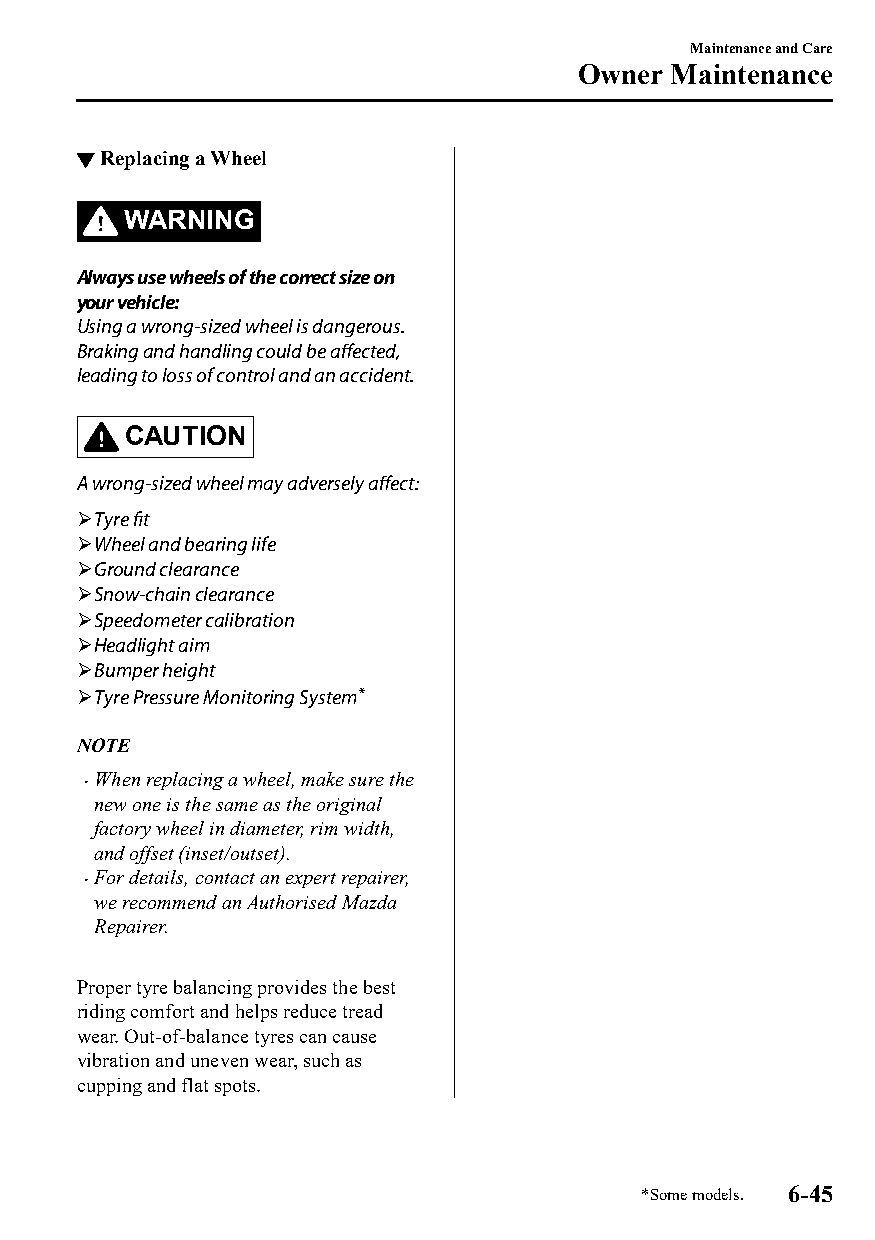
Maintenance and Care
 Owner Maintenance
 ▼Replacing a Wheel
 WARNING
 Always use wheels of the correct size on
 your vehicle:
 Using a wrong-sized wheel is dangerous.
 Braking and handling could be affected,
 leading to loss of control and an accident.
 CAUTION
 A wrong-sized wheel may adversely affect:
 Tyre fit
 Wheel and bearing life
 Ground clearance
 Snow-chain clearance
 Speedometer calibration
 Headlight aim
 Bumper height
 Tyre Pressure Monitoring System*
 NOTE
 When replacing a wheel, make sure the
 
 new one is the same as the original
 factory wheel in diameter, rim width,
 and offset (inset/outset).
 For details, contact an expert repairer,
 
 we recommend an Authorised Mazda
 Repairer.
 Proper tyre balancing provides the best
 riding comfort and helps reduce tread
 wear. Out-of-balance tyres can cause
 vibration and uneven wear, such as
 cupping and flat spots.
 *Some models. 6-45
 CX-3_8GT4-EE-18D_Edition4                  2018-9-6 18:32:19